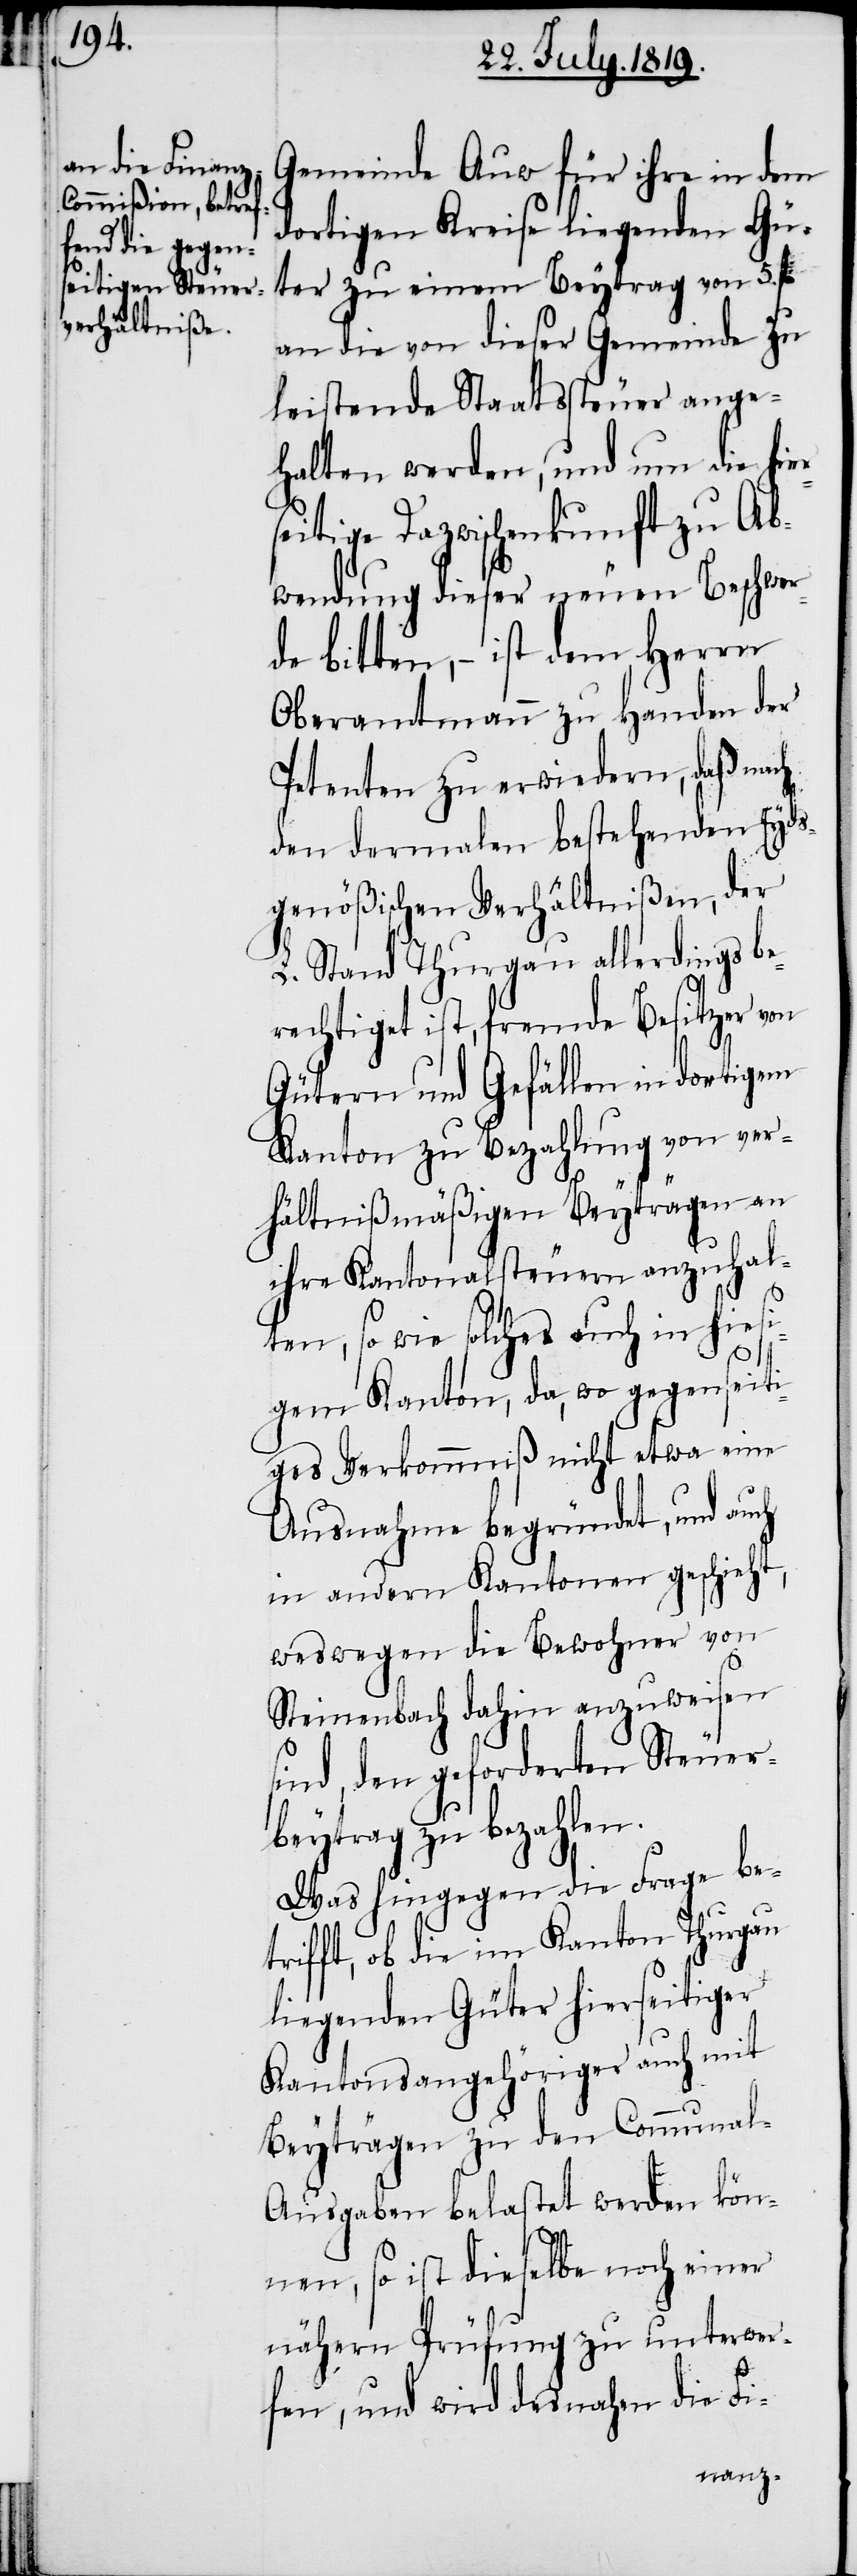
Gemeinde Auw für ihre in dem
dortigen Kreise liegenden Gü¬
ter zu einem Beytrag von 5. fl.
an die von dieser Gemeinde zu
leistende Staatssteuer ange¬
halten werden, und um die hier¬
seitige Dazwischenkunft zu Ab¬
wendung dieser neuen Beschwer¬
de bitten, – ist dem Herrn
Oberamtmann zu Handen der
Petenten zu erwiedern, daß nach
den dermalen bestehenden Eyds¬
genößischen Verhältnißen, der
L. Stand Thurgau allerdings b¬
erechtiget ist, fremde Besitzer von
Gütern und Gefällen in dortigem
Kanton zu Bezahlung von ver¬
hältnißmäßigen Beyträgen an
ihre Kantonalsteuern anzuhal¬
ten, so wie solches auch in hies¬
igem Kanton, da, wo gegenseit¬
iges Verkommniß nicht etwa eine
Ausnahme begründet, und auch
in andern Kantonen geschieht,
weswegen die Bewohner von
Steinenbach dahin anzuweisen
sind, den geforderten Steuer¬
beytrag zu bezahlen.
Was hingegen die Frage be¬
trifft, ob die im Kanton Thurgau
liegenden Güter hierseitiger
Kantonsangehöriger auch mit
Beyträgen zu den Communa¬
l-Ausgaben belastet werden kön¬
nen, so ist dieselbe noch einer
nähern Prüfung zu unterwer¬
fen, und wird desnahen die Fi-